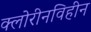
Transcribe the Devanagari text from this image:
क्लोरीनविहीन